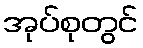
အုပ်စုတွင်